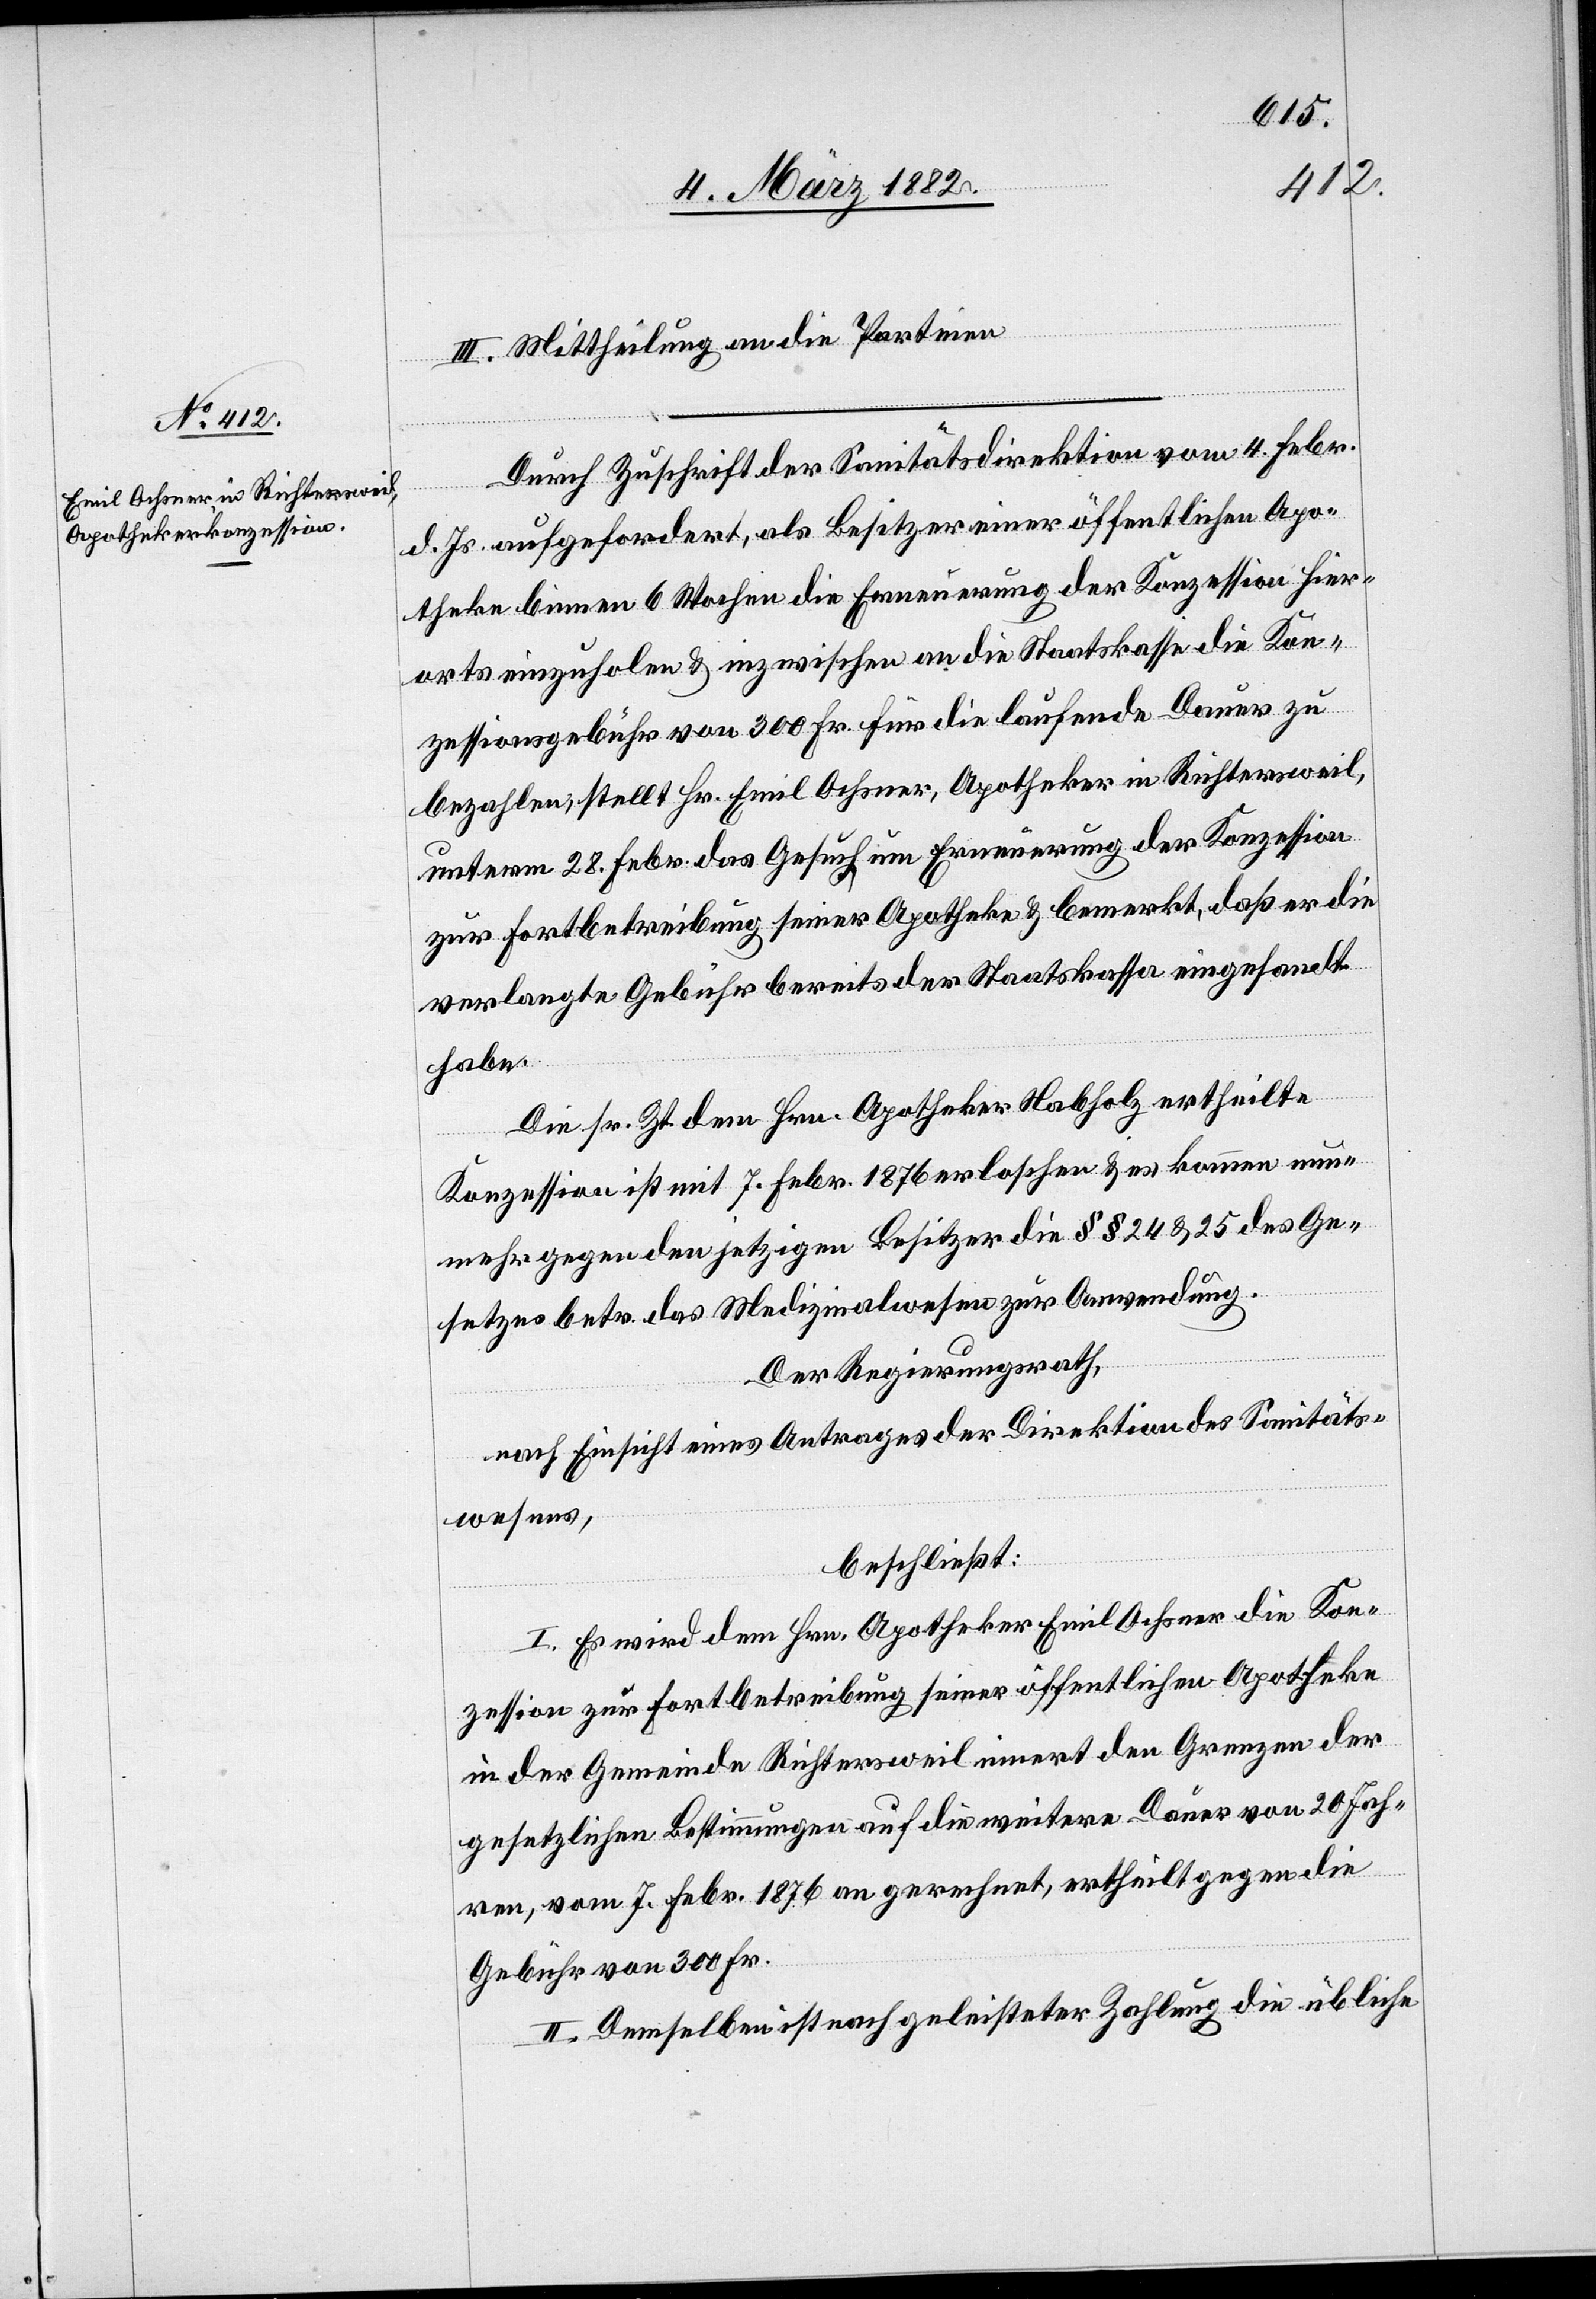
III. Mittheilung an die Parteien.
Durch Zuschrift der Sanitätsdirektion vom 4. Febr.
d. Js. aufgefordert, als Besitzer einer öffentlichen Apo¬
theke binnen 6 Wochen die Erneuerung der Konzession hier¬
orts einzuholen & inzwischen an die Staatskasse die Kon¬
zessionsgebühr von 300 Fr. für die laufende Dauer zu
bezahlen, stellt Hr. Emil Ochsner, Apotheker in Richtersweil,
unterm 28. Febr. das Gesuch um Erneuerung der Konzession
zur Fortbetreibung seiner Apotheke & bemerkt, daß er die
verlangte Gebühr bereits der Staatskasse eingesandt
habe.
Die sr. Zt. dem Hrn. Apotheker Nabholz ertheilte
Konzession ist mit 7. Febr. 1876 erloschen & es kommen nun¬
mehr gegen den jetzigen Besitzer die §§ 24 & 35 des Ge¬
setzes betr. das Medizinalwesens zur Anwendung.
Der Regierungsrath,
nach Einsicht eines Antrages der Direktion des Sanitäts¬
wesens,
beschließt:
I. Es wird dem Hrn. Apotheker Emil Ochsner die Kon¬
zession zur Fortbetreibung seiner öffentlichen Apotheke
in der Gemeinde Richtersweil innert den Grenzen der
gesetzlichen Bestimmungen auf die weitere Dauer von 20 Jah¬
ren, vom 7 Febr. 1876 an gerechnet, ertheilt gegen die
Gebühr von 300 Fr.
II. Demselben ist nach geleisteter Zahlung die übliche